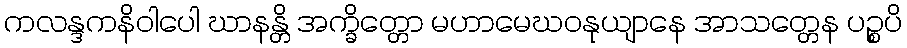
ကလန္ဒကနိဝါပေါ ဃာနန္တိ အက္ခိတ္တော မဟာမေဃဝနုယျာနေ အာသတ္တေန ပဉ္စပိ